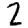
Digit: 2